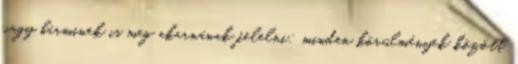
vagy bárminek is meg akarnának felelni: minden körülmények között